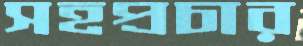
সহপ্রচার